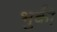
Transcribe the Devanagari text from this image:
भुकी